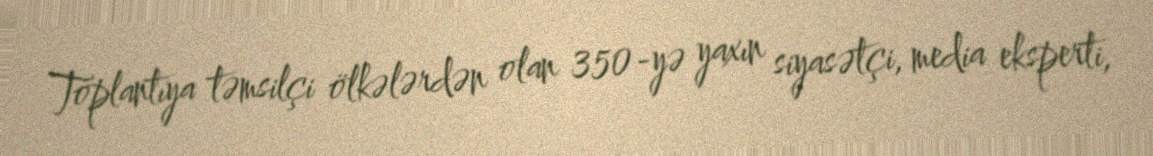
Toplantıya təmsilçi ölkələrdən olan 350-yə yaxın siyasətçi, media eksperti,